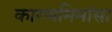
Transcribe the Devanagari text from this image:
कारणमिमांसा